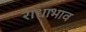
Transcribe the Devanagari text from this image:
राधाभाव